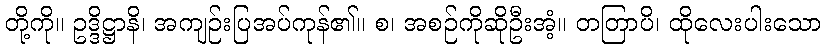
တို့ကို။ ဥဒ္ဒိဋ္ဌာနိ၊ အကျဉ်းပြအပ်ကုန်၏။ စ၊ အစဉ်ကိုဆိုဦးအံ့။ တတြာပိ၊ ထိုလေးပါးသော